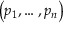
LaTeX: \left( p _ { 1 } , \ldots , p _ { n } \right)